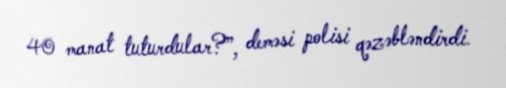
40 manat tuturdular?”, deməsi polisi qəzəbləndirdi.